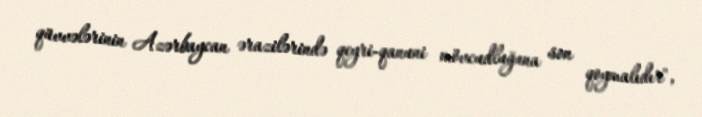
qüvvələrinin Azərbaycan ərazilərində qeyri-qanuni mövcudluğuna son qoymalıdır",